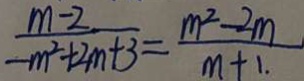
\frac { m - 2 } { - m ^ { 2 } + 2 m + 3 } = \frac { m ^ { 2 } - 2 m } { m + 1 . }